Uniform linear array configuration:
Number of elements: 4
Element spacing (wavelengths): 1
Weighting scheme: exponential
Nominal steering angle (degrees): -45
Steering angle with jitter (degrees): -45.518
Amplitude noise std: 0.05
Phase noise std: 0.05

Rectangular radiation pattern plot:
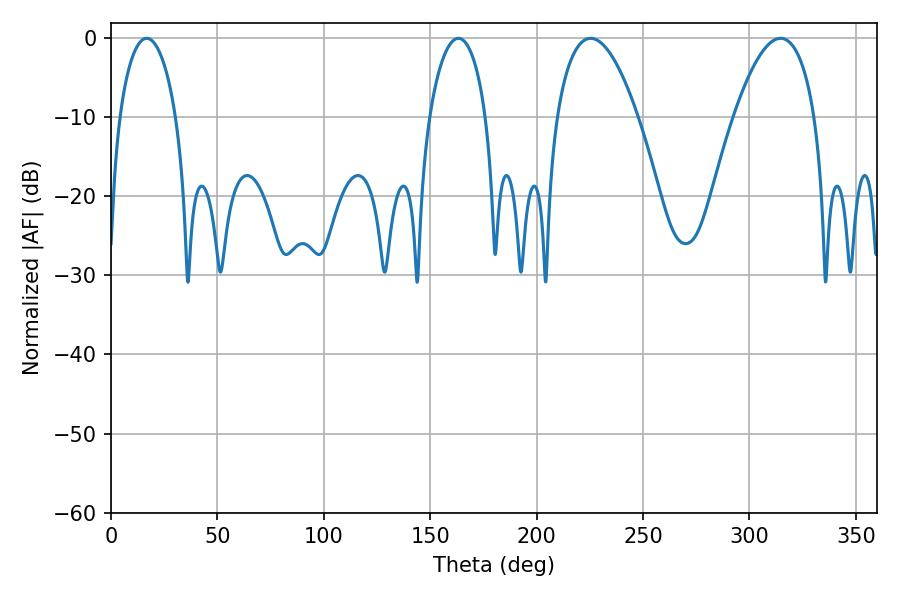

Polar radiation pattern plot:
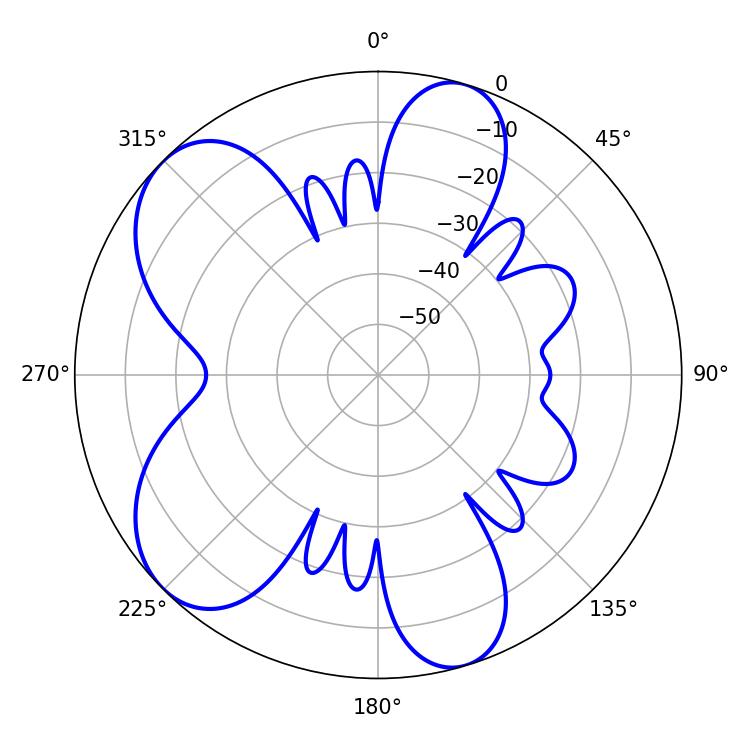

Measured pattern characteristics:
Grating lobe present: TRUE
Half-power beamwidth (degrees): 21.06
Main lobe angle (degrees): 225.36